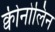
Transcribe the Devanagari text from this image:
क्वीनोलिन